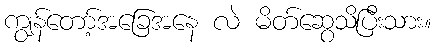
ကျွန်တော့်အခြေအနေ လဲ မိတ်ဆွေသိပြီးသား။